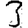
Digit: 3